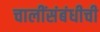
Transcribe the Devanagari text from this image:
चालींसंबंधीची